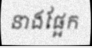
នាងផ្អែក